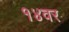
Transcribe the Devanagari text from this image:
१४वर